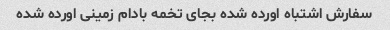
سفارش اشتباه اورده شده بجای تخمه بادام زمینی اورده شده